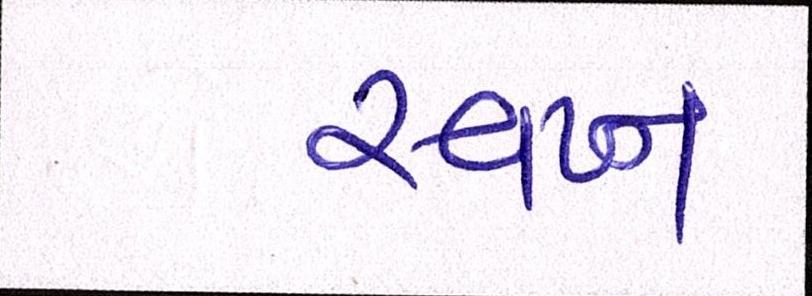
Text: સ્વપ્ન